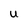
Character: u